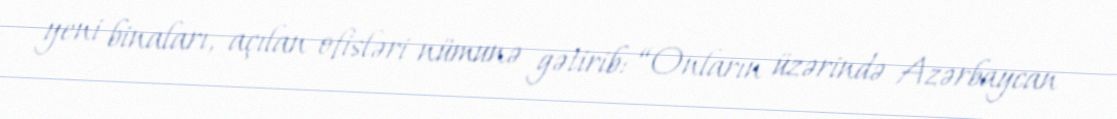
yeni binaları, açılan ofisləri nümunə gətirib: “Onların üzərində Azərbaycan